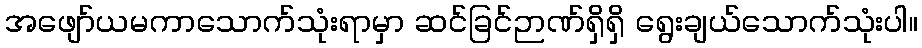
အဖျော်ယမကာသောက်သုံးရာမှာ ဆင်ခြင်ဉာဏ်ရှိရှိ ရွေးချယ်သောက်သုံးပါ။